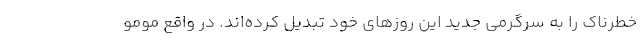
خطرناک را به سرگرمی جدید این روزهای خود تبدیل کرده‌اند. در واقع مومو